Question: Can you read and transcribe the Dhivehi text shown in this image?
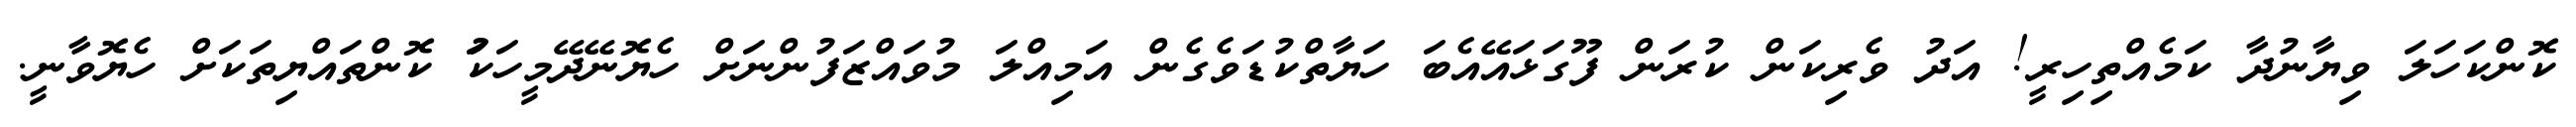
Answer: ކޮންކަހަލަ ވިޔާނުދާ ކަމެއްތިހިރީ! އަދު ވެރިކަން ކުރަން ފޫގަޅައޭއެބަ ހަޔާތްކުޑަވެގެން އަމިއްލަ މުވައްޒަފުންނަށް ހެޔޮނޭދޭމީހަކަު ކޮންތައްޔިތަކަށް ހެޔޮވާނީ.